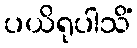
ပယိရုပါသိံ